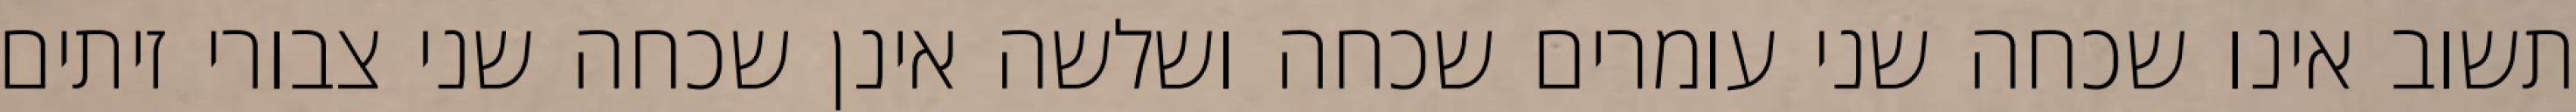
תשוב אינו שכחה שני עומרים שכחה ושלשה אינן שכחה שני צבורי זיתים